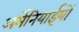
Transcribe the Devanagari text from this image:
अर्मेनियाईयों